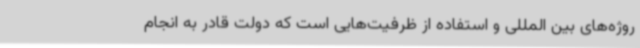
روژه‌های بین المللی و استفاده از ظرفیت‌هایی است که دولت قادر به انجام